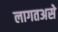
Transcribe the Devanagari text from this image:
लागतअसे